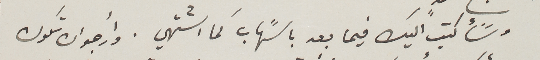
وسًأكتب اليك فيما بعد باسًهاب كما اشتهي. وأرجو ان تكون